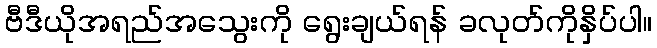
ဗီဒီယိုအရည်အသွေးကို ရွေးချယ်ရန် ခလုတ်ကိုနှိပ်ပါ။